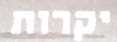
יקרות